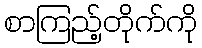
စာကြည့်တိုက်ကို